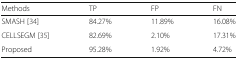
<table><thead><tr><td><b>Methods</b></td><td><b>TP</b></td><td><b>FP</b></td><td><b>FN</b></td></tr></thead><tbody><tr><td>SMASH [34]</td><td>84.27%</td><td>11.89%</td><td>16.08%</td></tr><tr><td>CELLSEGM [35]</td><td>82.69%</td><td>2.10%</td><td>17.31%</td></tr><tr><td>Proposed</td><td>95.28%</td><td>1.92%</td><td>4.72%</td></tr></tbody></table>